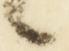
候